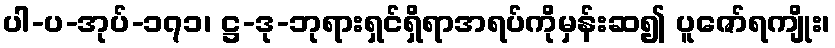
ပါ-ပ-အုပ်-၁၇၁၊ ဋ္ဌ-ဒု-ဘုရားရှင်ရှိရာအရပ်ကိုမှန်းဆ၍ ပူဇော်ရကျိုး၊